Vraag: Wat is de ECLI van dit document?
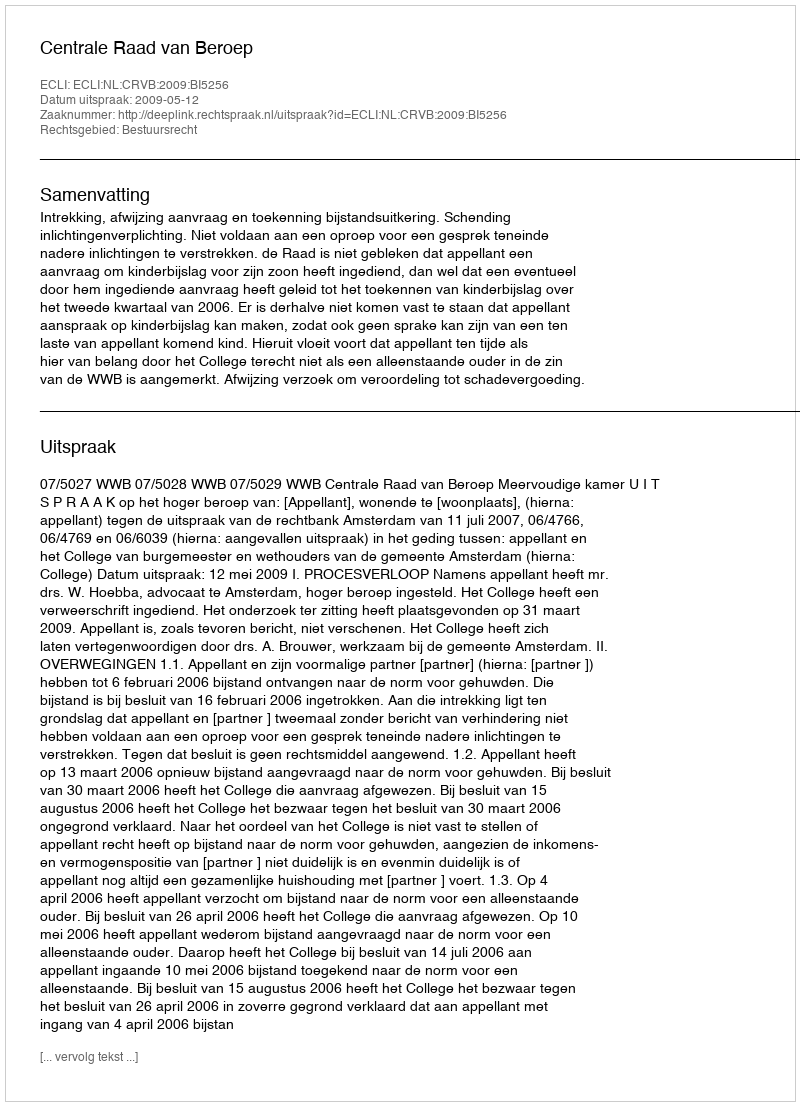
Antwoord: ECLI:NL:CRVB:2009:BI5256